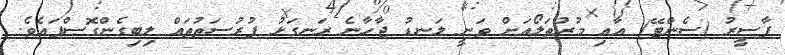
ފާސީރު (ސެންޓޭ) އާއި މުރުތަލޯއަށް ވަނީ ލަނޑު ޖާހާނެ ރަނގަޅު ފުރުސަތުތައް ލިބިގެންގޮސްފައެވެ.